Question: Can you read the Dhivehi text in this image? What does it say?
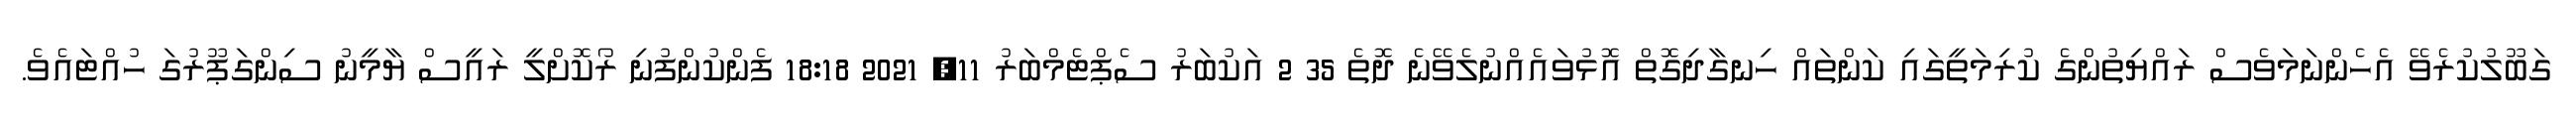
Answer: ގަބޫލުކުރެވޭ އެހެންނަމަވެސް ރައްޔިތުންގެ ކުރިމަތީގައި ކަންތައް ހިނގާދިގޮތް އޮޅުވައެއްނުލެވޭނެ ދޮތެ 35 2 އަކުބަރު ސެޕްޓެމްބަރު 11, 2021 18:18 ފެންކުންފުނި ރޯކޮށްލީ ރައީސް ޔާމީނު ސިންގަޕޫރުގަ ހުއްޓައެވެ.